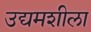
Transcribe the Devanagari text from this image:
उद्यमशीला